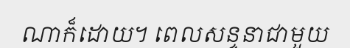
ណាក៏ដោយ។ ពេលសន្ទនាជាមួយ